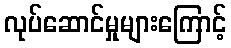
လုပ်ဆောင်မှုများကြောင့်